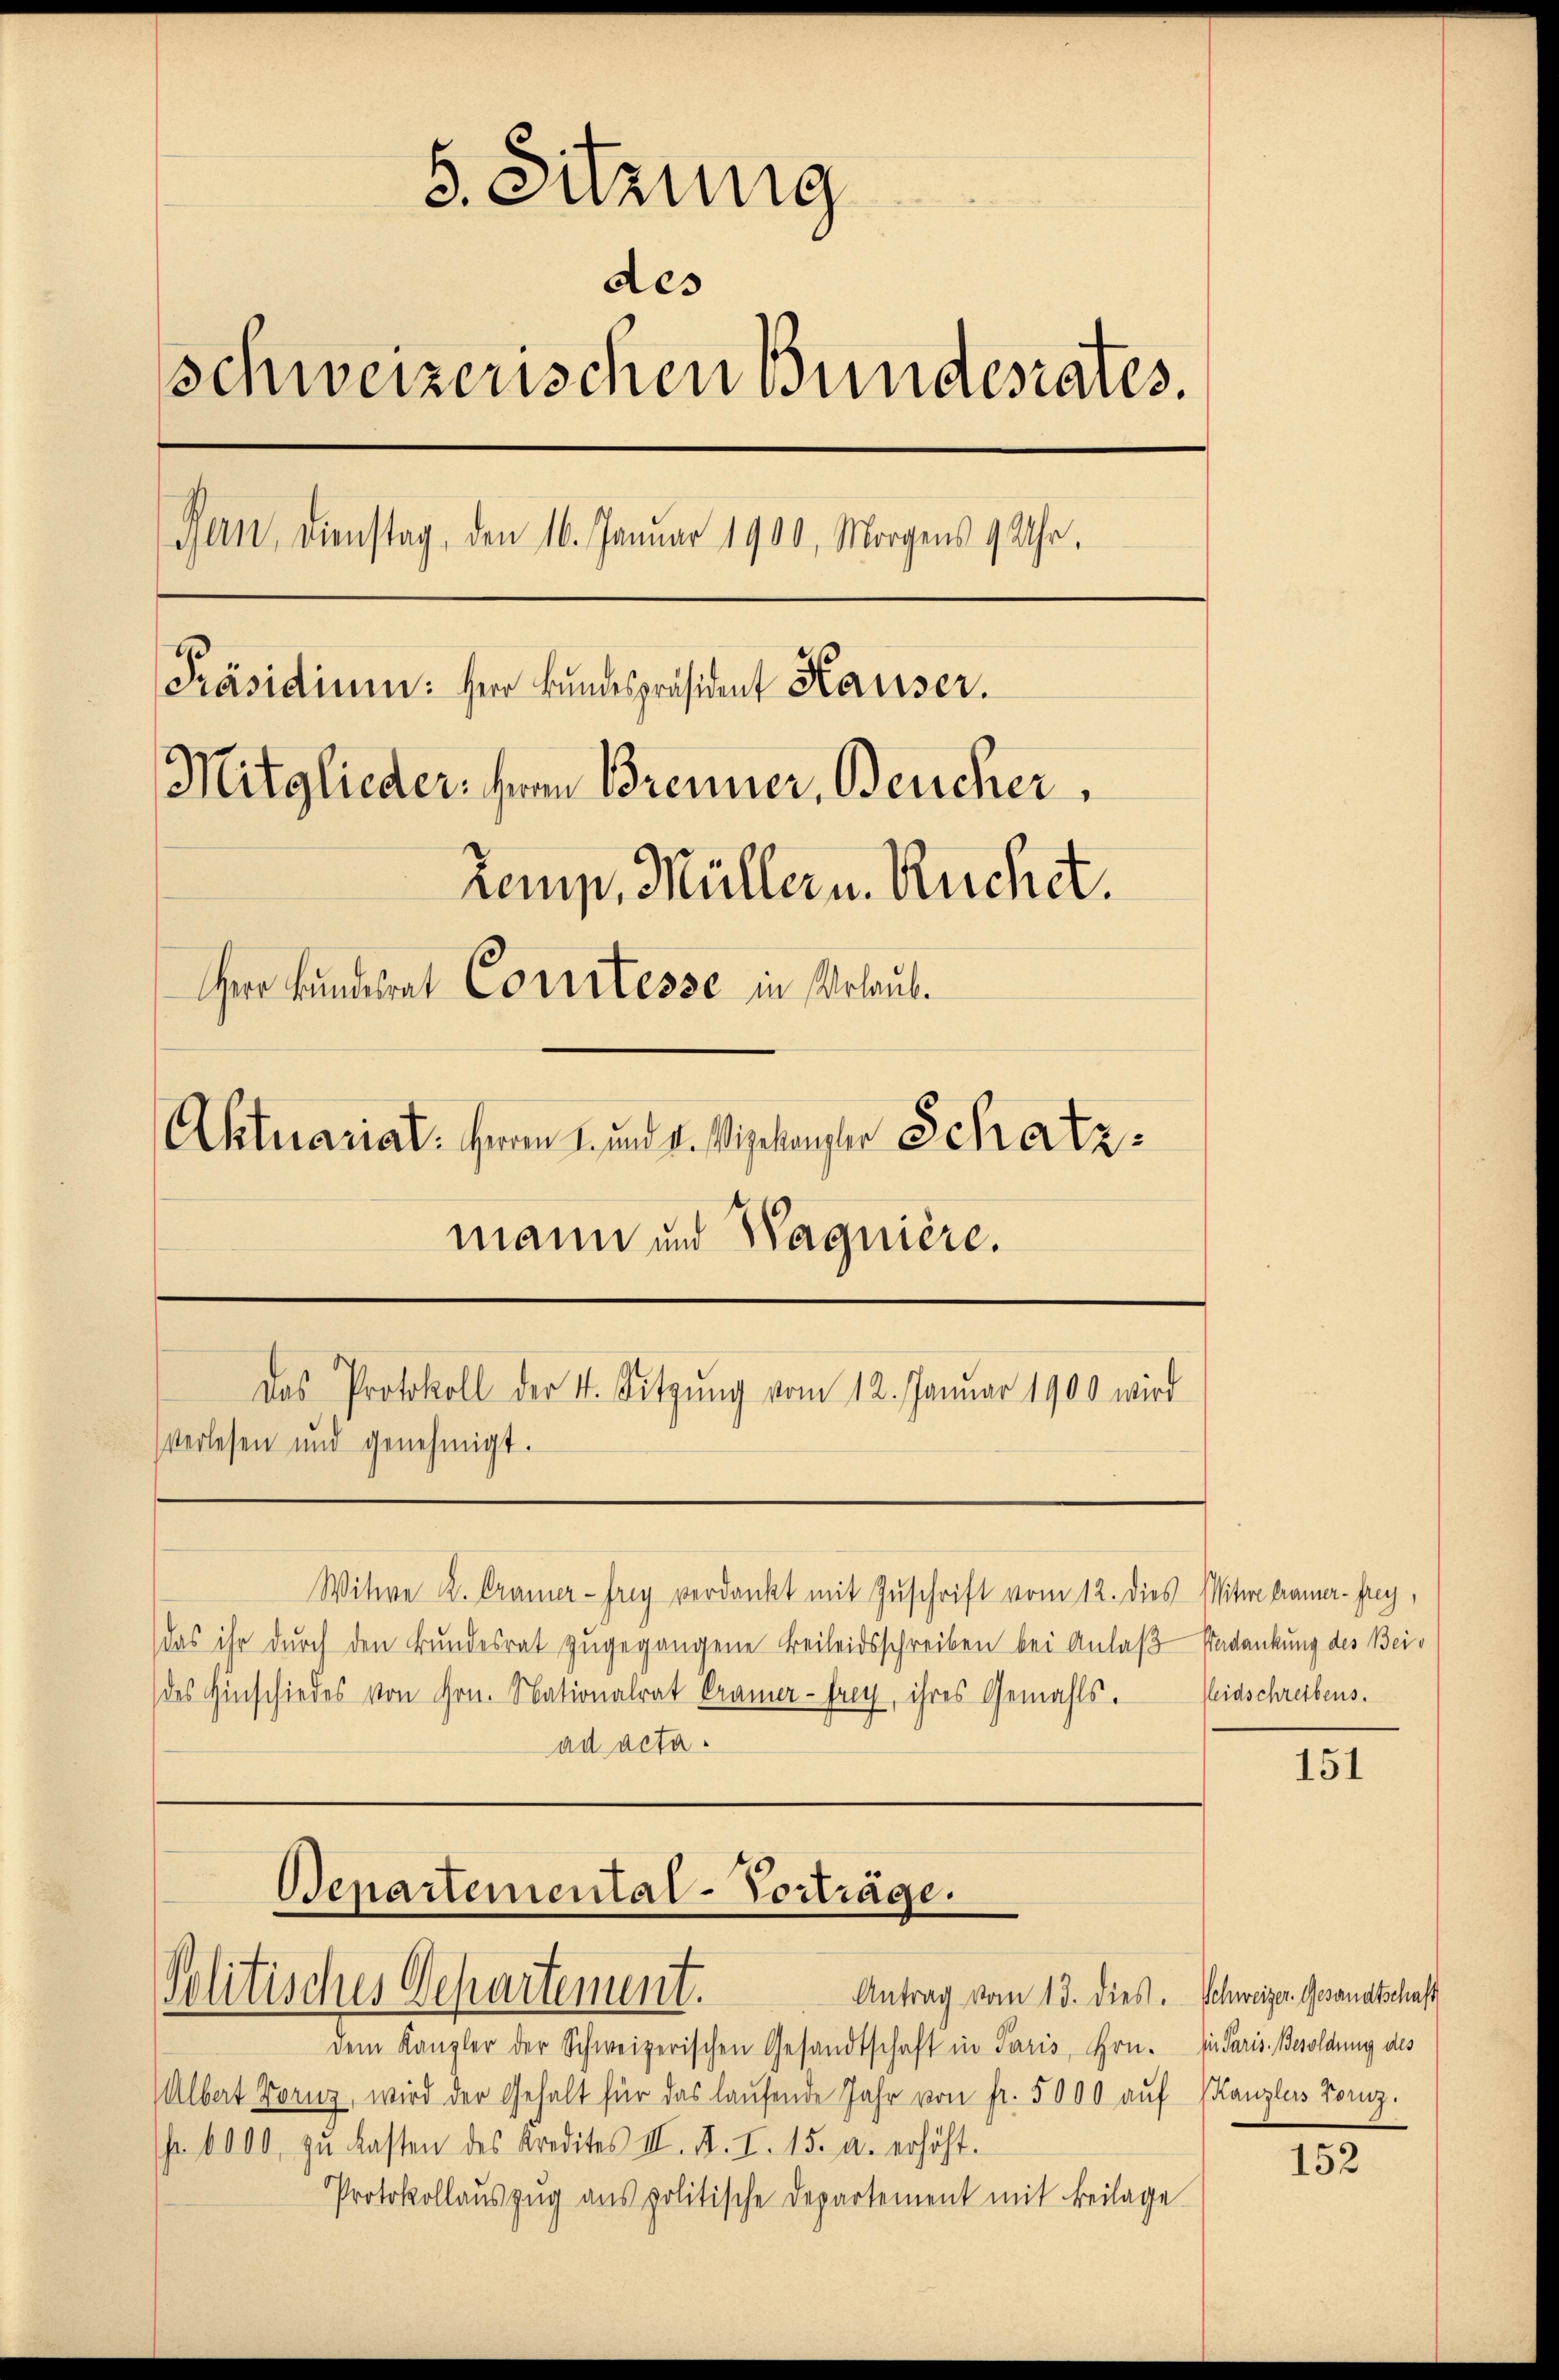
5. Sitzung
des
Schweizerischen Bundesrates.
Bern, Dienstag, den 16. Januar 1900, Morgens 9 Uhr.
Präsidium: Herr Bundespräsident Hauser.
Mitglieder ihren Brenner, Bercher
Komp. Müllern. Ruchet.
Herr Kundesrat Conrstesse in Urlaub.
Aktuariat. Herrn I. und 4. Wielangter Schatz
mann und Wagnière.
Das Protokoll der 4. Sitzŭng vom 12. Januar 1900 wird
Verlesen und genehmigt.

Departemental-Vorträge.
Politisches Departement.

Witwe K. Cramer - frey verdankt mit Zuschrift vom 12. dies Witwe Frauer- frey,
das ihr durch den Bundesrat zugegangene Beileidsschreiben bei Anlaß Badankung des Beides Hinschiedes von Hrn. Nationalrat Crana-frey, ihres Gemahls.
ad acta.

dem Kanzler der Schweizerischen Gesandtschaft in Paris, Hrn.
Albert Fornz, wird der Gehalt für das laufende Jahr von fr. 5000 auf
fr. 6000. zŭ lasten des Kredites III. A. I. 15. a. erhöht.
Protokollauszug aus politische Departement mit Beilage

Antrag vom 13. dies. Schweizer. Gesandtschaft

Reidschreibens.

151

iin Paris. Besoldung des
Kanzlers Toruz.

152